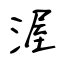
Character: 渥